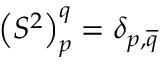
\left( S ^ { 2 } \right) _ { p } ^ { q } = \delta _ { p , \overline { { { q } } } }